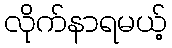
လိုက်နာရမယ့်